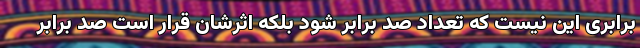
برابری این نیست که تعداد صد برابر شود بلکه اثرشان قرار است صد برابر